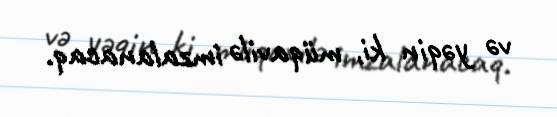
və yəqin ki, müqavilə imzalanacaq.